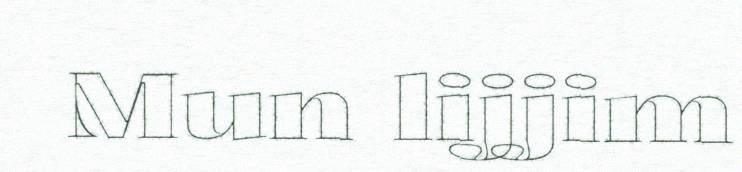
Mun lijjim